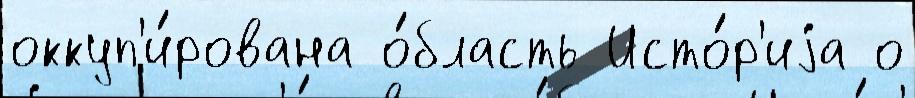
оккуп'и́рована о́бласть Исто́р'иjа о